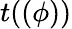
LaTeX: t((\phi))